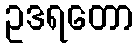
ဥဒရတော